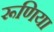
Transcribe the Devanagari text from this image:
रूणिया